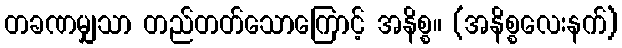
တခဏမျှသာ တည်တတ်သောကြောင့် အနိစ္စ။ (အနိစ္စလေးနက်)